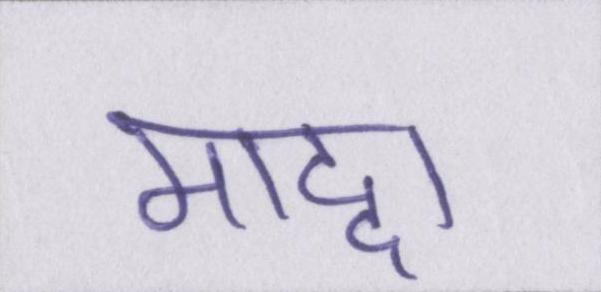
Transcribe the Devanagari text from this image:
माद्दा